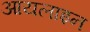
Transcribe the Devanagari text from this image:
आयलाइन